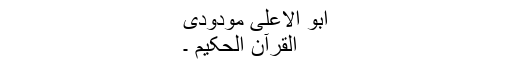
ابو الاعلیٰ مودودی
القرآن الحکیم ۔